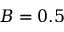
B = 0 . 5